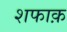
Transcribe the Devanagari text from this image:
शफाक़